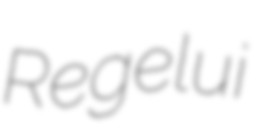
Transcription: Regelui